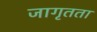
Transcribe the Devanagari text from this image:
जागृतता